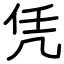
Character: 凭